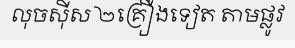
លុចស៊ីស ២គ្រឿងទៀត តាមផ្លូវ